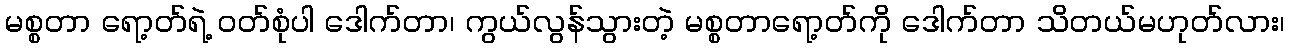
မစ္စတာ ရော့တ်ရဲ့ ဝတ်စုံပါ ဒေါက်တာ၊ ကွယ်လွန်သွားတဲ့ မစ္စတာရော့တ်ကို ဒေါက်တာ သိတယ်မဟုတ်လား၊